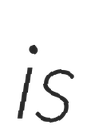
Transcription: is